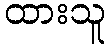
ထားသူ